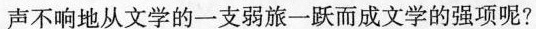
声不响地从文学的一支弱旅一跃而成文学的强项呢?